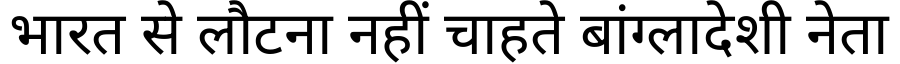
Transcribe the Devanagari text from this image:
भारत से लौटना नहीं चाहते बांग्लादेशी नेता